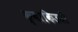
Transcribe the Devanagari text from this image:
क्वाकिउटी